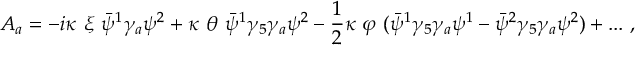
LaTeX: A _ { a } = - i \kappa \ \xi \ \bar { \psi } ^ { 1 } \gamma _ { a } \psi ^ { 2 } + \kappa \ \theta \ \bar { \psi } ^ { 1 } \gamma _ { 5 } \gamma _ { a } \psi ^ { 2 } - { \frac { 1 } { 2 } } \kappa \ \varphi \ ( \bar { \psi } ^ { 1 } \gamma _ { 5 } \gamma _ { a } \psi ^ { 1 } - \bar { \psi } ^ { 2 } \gamma _ { 5 } \gamma _ { a } \psi ^ { 2 } ) + . . . \ , \,